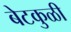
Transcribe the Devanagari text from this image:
बेटकुळी